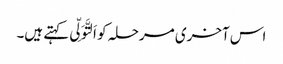
اس آخری مرحلہ کو اَلتَّوَلِّی کہتے ہیں۔